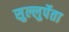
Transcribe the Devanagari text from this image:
सुल्लुर्पेता